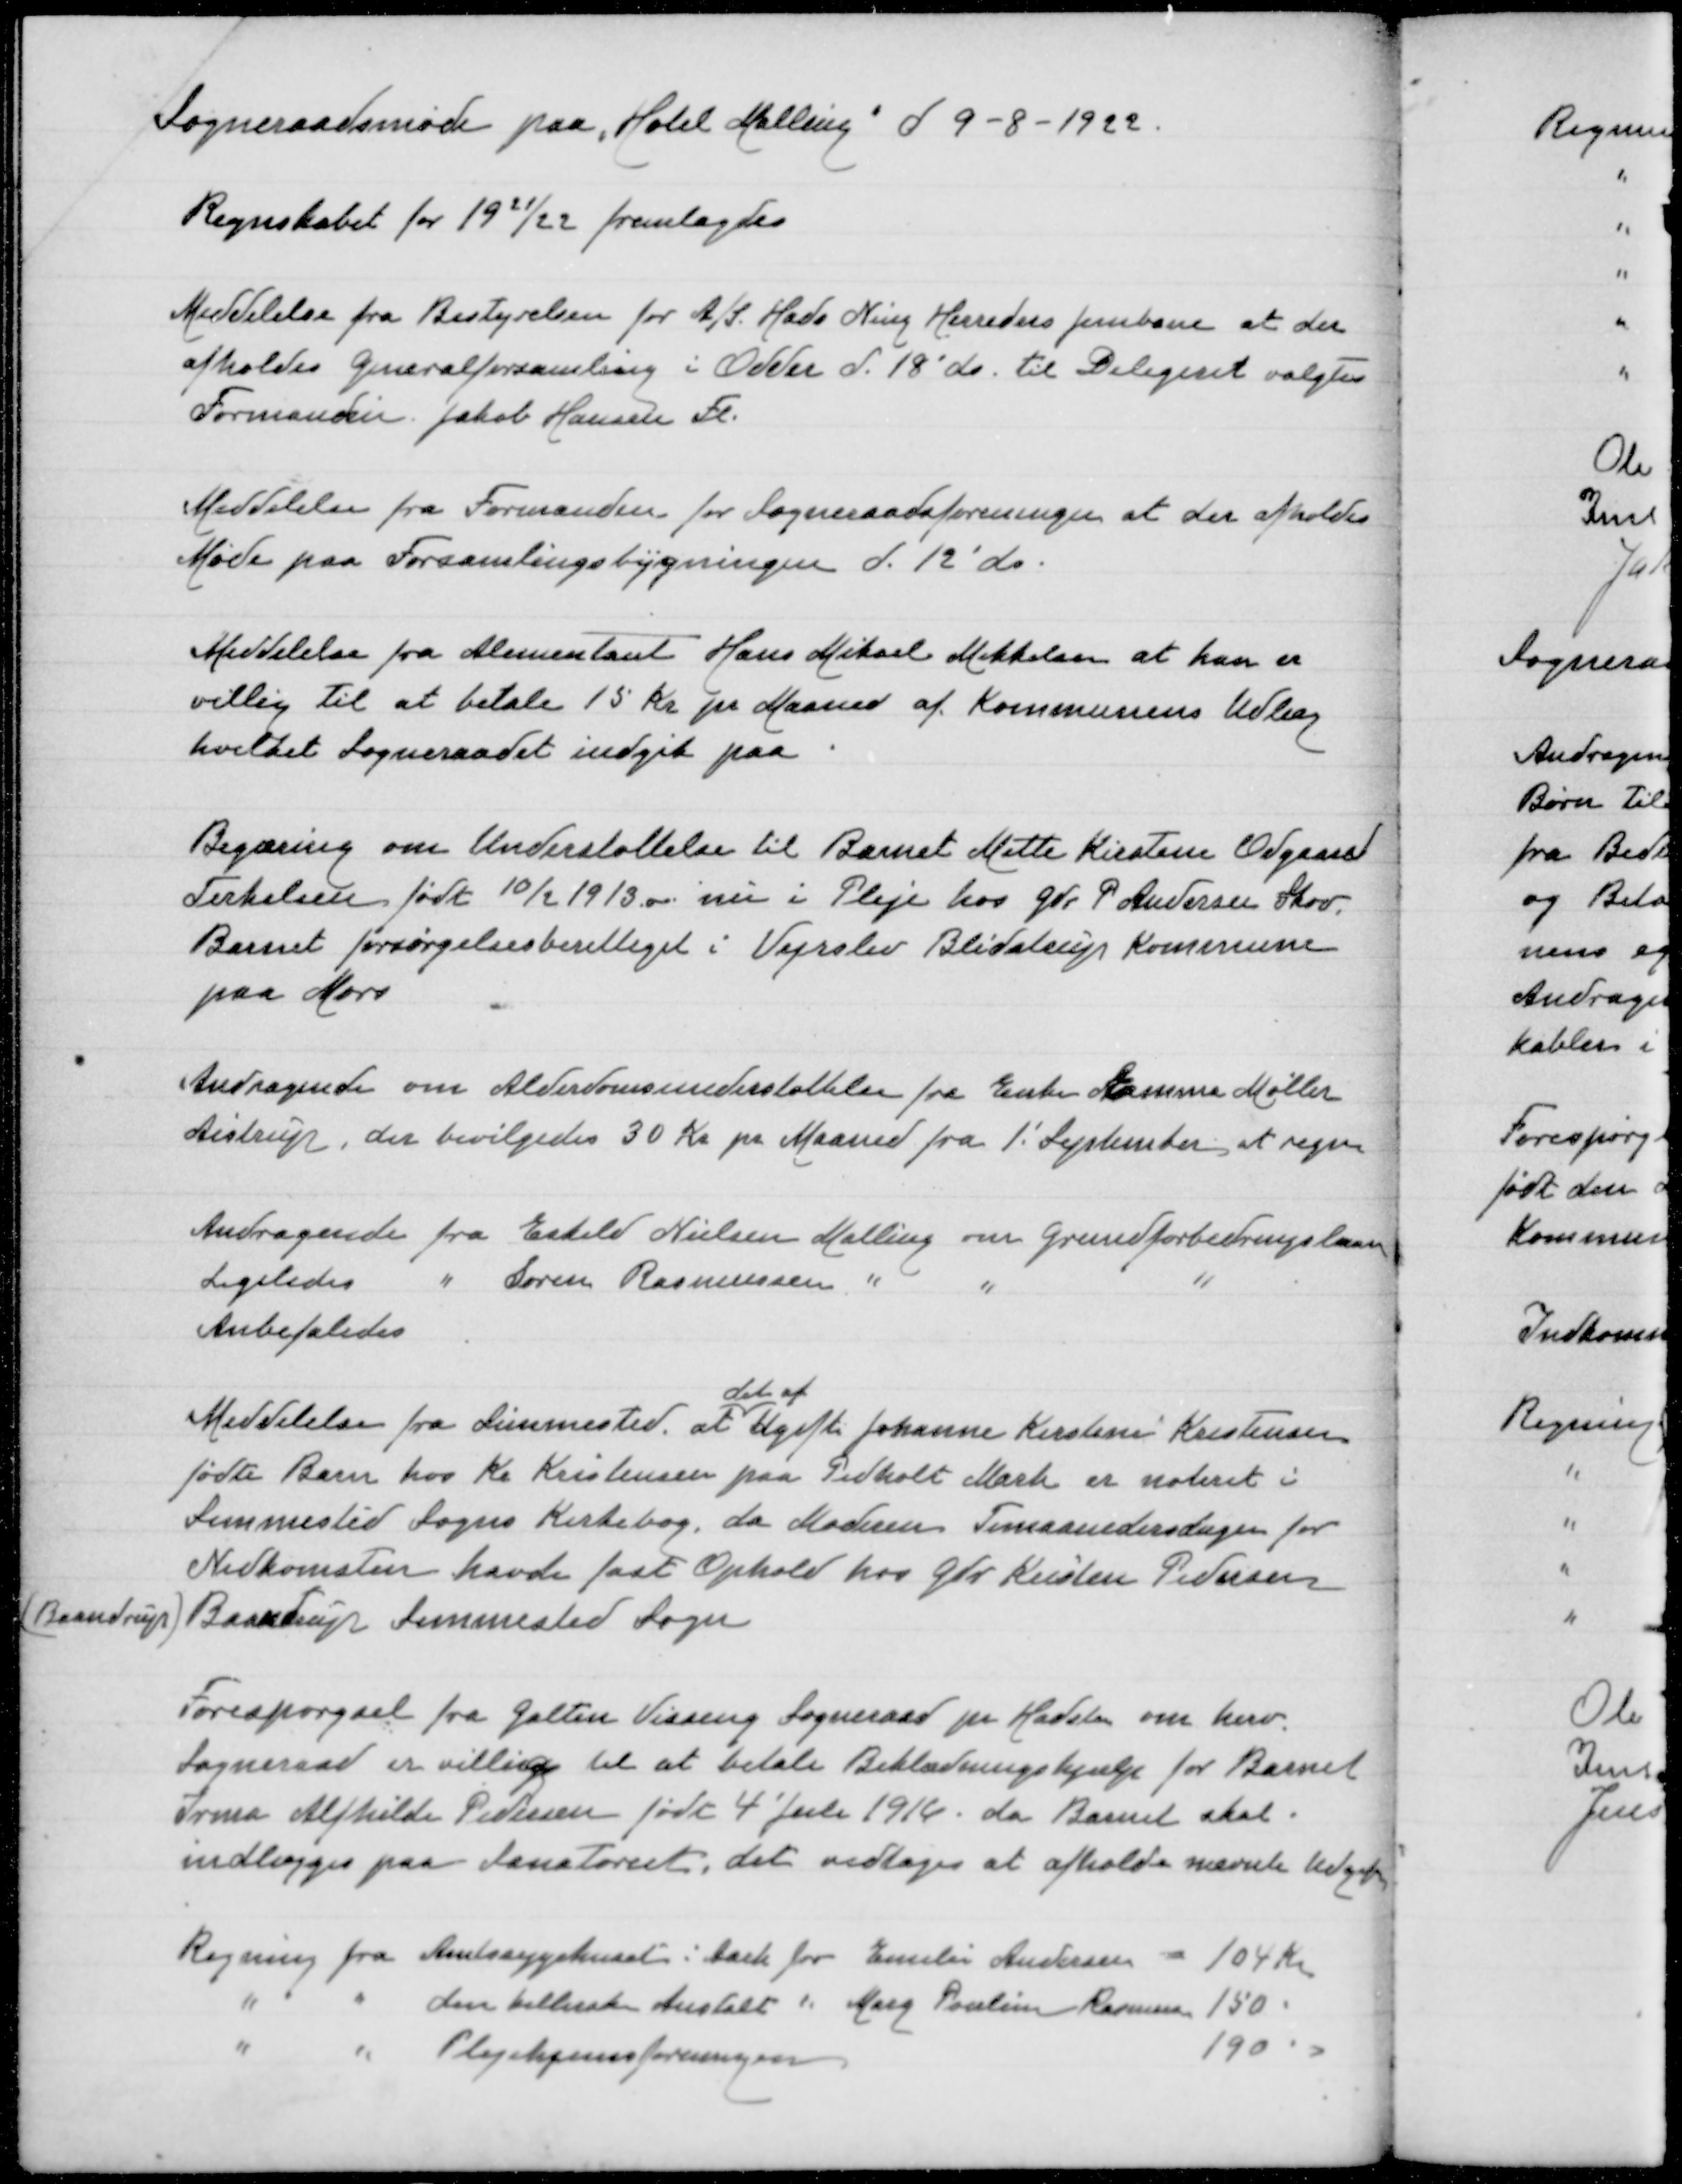
Transskription:
Sogneraadsmøde paa "Hotel Malling" d 9-8-1922

Regnskabet for 1921/22 fremlagdes

Meddelelse fra Bestyrelsen for A/S Hads Ning Herreders Jernbane at der
afholdes Generalforsamling i Odder d 18' ds til Delegeret valgtes
Formanden Jakob Hansen Fl

Meddelelse fra Formanden for Sogneraadsforeningen at der afholdes
Møde paa Forsamlingsbygningen d. 12' ds

Meddelelse fra Alimentant Hans Mikael Mikkelsen at han er
villig til at betale 15 Kr pr Maaned af Kommunens Udlæg
hvilket Sogneraadet indgik paa

Begæring om Understøttelse til Barnet Mette Kirsten Odgaard
Terkelsen født 10/2 1913 nu i pleje hos Gdr P Andersen Skov
Barnet forsørgelsesberettiget i Vejrslev Blidstrup Kommune
paa Mors

Andragende om Alderdomsunderstøttelse fra Enke Emma Møller
Aistrup, der bevilgedes 30 Kr pr Maaned fra 1' September at regne

Andragende fra Eskild Nielsen Malling om Grundforbedringslaan
Ligeledes " Søren Rasmussen " " "
Anbefaledes
det af
Meddelelse fra Simmerstedat Ugifte Johanne Kirstine Kristensen
fødte Barn hos Kr Kristensen paa Pedholt Mark er noteret i
Sommersted Sogns Kirkebog, da Moderen Timaanedersdagen for
Nedkomsten havde fast Ophold hos Gdr Kristen Pedersen

(Baandrup)Baandrup Simmested Sogn

Forespørgsel fra Galten Virring Sogneraad pr Hadsten om herv
Sogneraad er villig til at betale Beklædningshjælp for Barnet
Irma Alfhilde Pedersen født 4' Juli 1916 da Barnet skal
indlægges paa Sanatoriet, det vedtoges at afholde nævnte hjælp

Regning fra Amtssygehuset i Aarh for Emilie Andersen = 104 Kr
" " den kellerske Anstalt " Marg Pouline Rasmussen 150 "
" " Plejehjemsforeningen 190 "